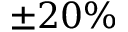
\pm 2 0 \%